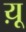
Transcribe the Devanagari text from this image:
य़ू